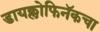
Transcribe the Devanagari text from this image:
डायक्लोफिनॅकचा